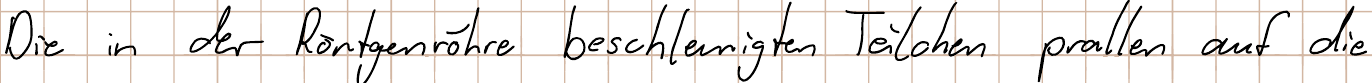
Die in der Röntgenröhre beschleunigten Teilchen prallen auf die